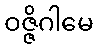
ဝဇ္ဇိဂါမေ